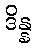
ဒိန္န